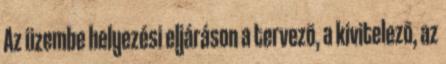
Az üzembe helyezési eljáráson a tervezõ, a kivitelezõ, az